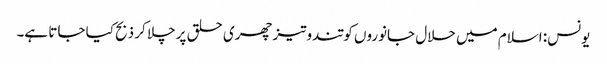
یونس: اسلام میں حلال جانوروں کو تندوتیز چھری حلق پر چلا کر ذبح کیا جاتا ہے۔